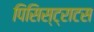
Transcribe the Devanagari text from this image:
पिसिस्ट्राटस